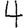
Digit: 4